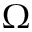
\Omega